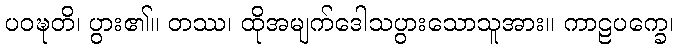
ပဝဍ္ဎတိ၊ ပွား၏။ တဿ၊ ထိုအမျက်ဒေါသပွားသောသူအား။ ကာဠပက္ခေ၊